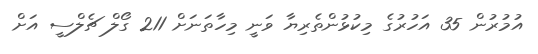
އުމުރުން 35 އަހުރުގެ މިކުޅުންތެރިޔާ ވަނީ މިހާތަނަށް 211 ގޯލް ޗެލްސީ އަށް